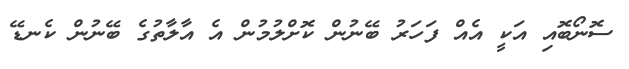
ސޮނޯބޮއި އަކީ އެއް ފަހަރު ބޭނުން ކޮށްލުމުން އެ އާލާތުގެ ބޭނުން ކެނޑޭ